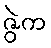
ဇွဲက